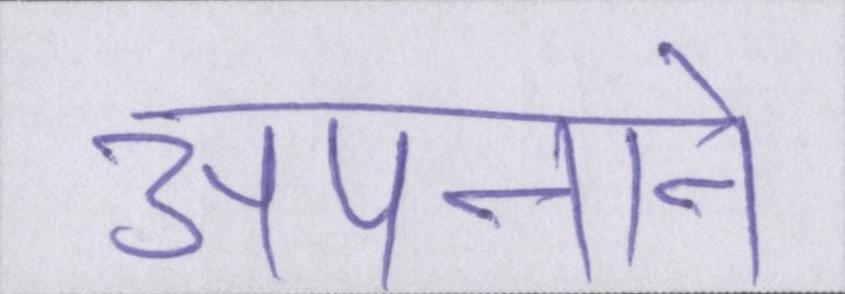
अपनाने